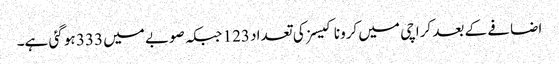
اضافے کے بعد کراچی میں کرونا کیسز کی تعداد 123 جبکہ صوبے میں 333 ہو گئی ہے۔